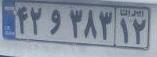
۴۲و۳۸۳۱۲